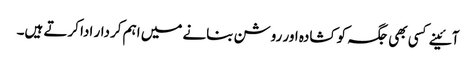
آئینے کسی بھی جگہ کو کشادہ اور روشن بنانے میں اہم کردار ادا کرتے ہیں۔